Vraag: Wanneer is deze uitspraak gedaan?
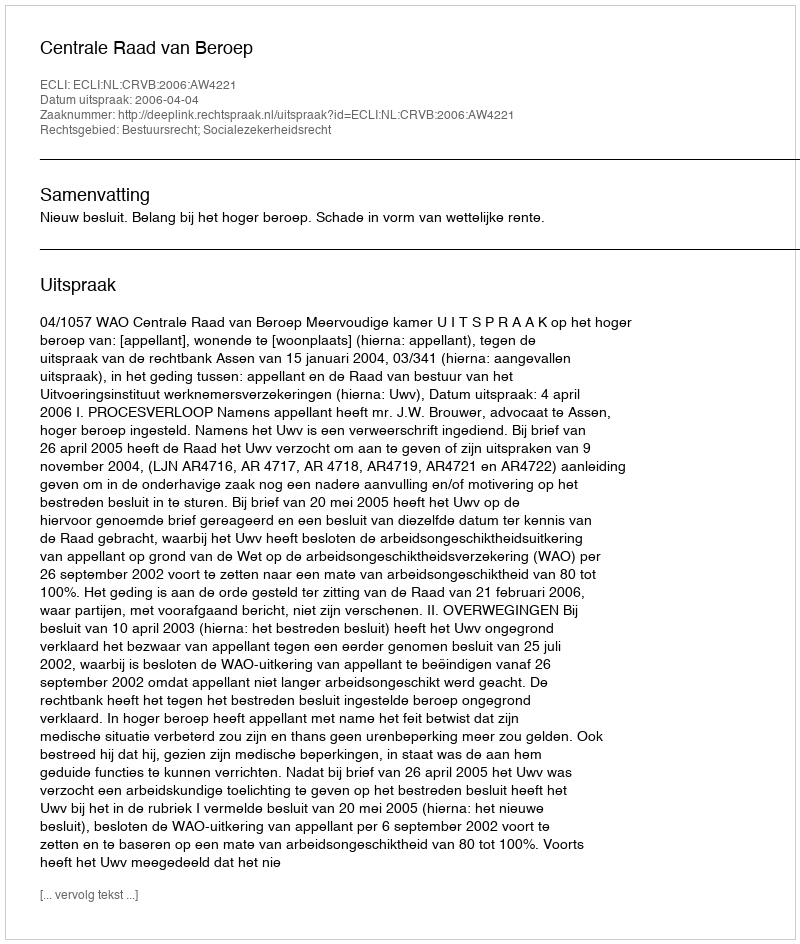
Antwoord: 2006-04-04